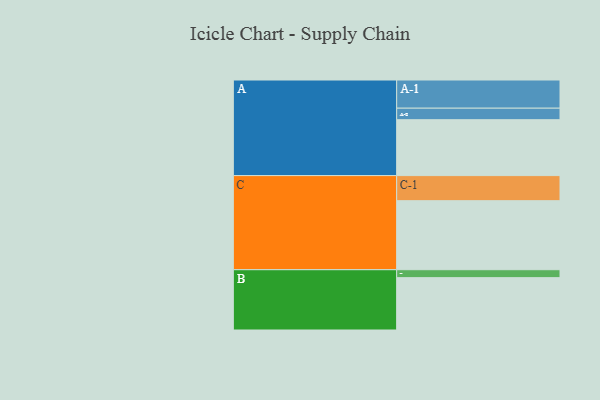
{"axis": {"x": "Segment", "y": "Value"}, "legend": ["", "A", "B", "C"], "data": [{"x": "A", "y": 486, "type": ""}, {"x": "B", "y": 455, "type": ""}, {"x": "C", "y": 600, "type": ""}, {"x": "A-1", "y": 245, "type": "A"}, {"x": "A-2", "y": 100, "type": "A"}, {"x": "B-1", "y": 69, "type": "B"}, {"x": "C-1", "y": 218, "type": "C"}]}